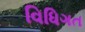
વિધિગત